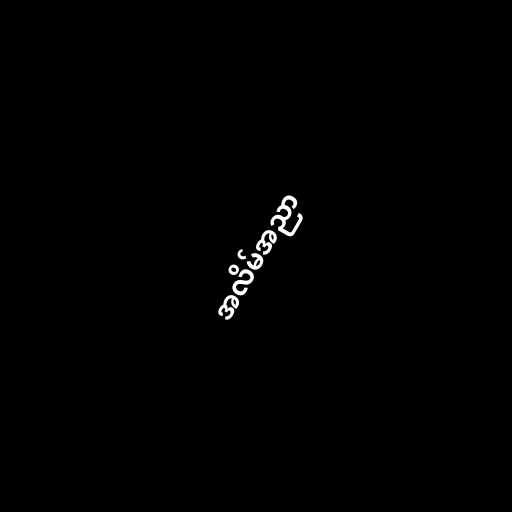
အလိမ်အညာ